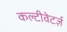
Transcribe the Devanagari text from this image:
कल्टीवेटर्ज़